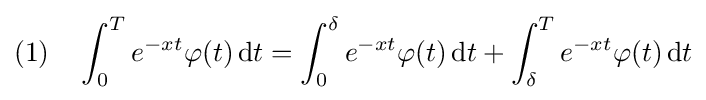
(1)\quad \int _{0}^{T}e^{-xt}\varphi (t)\,\mathrm {d} t=\int _{0}^{\delta }e^{-xt}\varphi (t)\,\mathrm {d} t+\int _{\delta }^{T}e^{-xt}\varphi (t)\,\mathrm {d} t